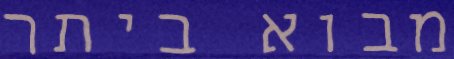
מבוא ביתר